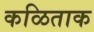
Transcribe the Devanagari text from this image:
कळिताक